Burma Government Medical School reports 1907-22
Year: 1907
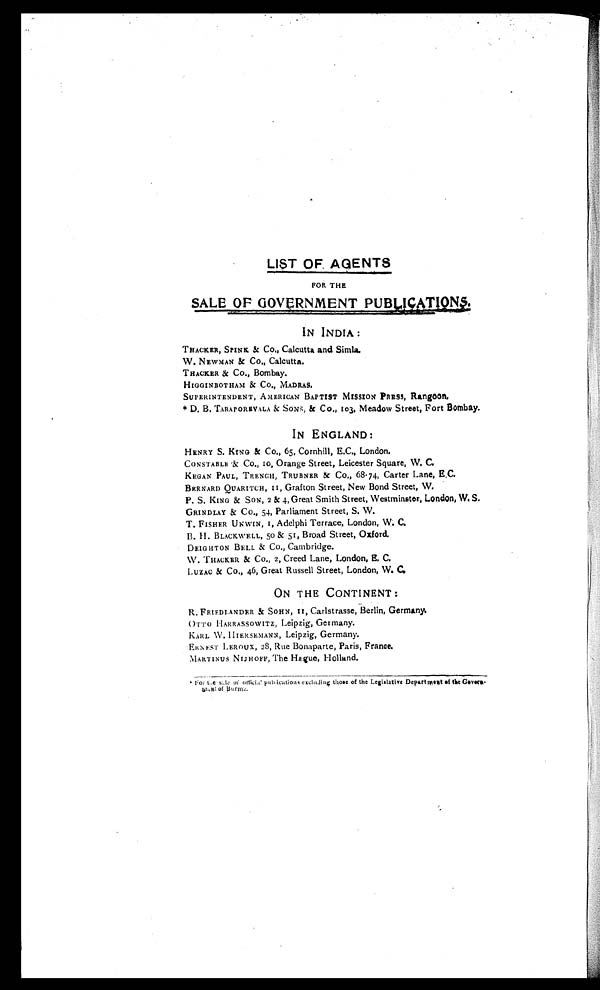
FOR THE
SALE OF GOVERNMENT PUBLICATIONS.
IN INDIA :
THACKER, SPINK & Co., Calcutta and Simla.
W. NEWMAN & Co., Calcutta.
THACKER & Co., Bombay.
HIGGINBOTHAM & CO., MADRAS.
SUPERINTENDENT, AMERICAN BAPTIST MISSION PRESS, Rangoon.
* D. B. TARAPOREVALA & SONS, & Co., 103, Meadow Street, Fort Bombay.
IN ENGLAND:
HENRY S. KING & Co., 65, Cornhill, E.C., London.
CONSTABLE & Co., 10, Orange Street, Leicester Square, W. C.
KEGAN PAUL, TRENCH, TRUBNER & Co., 68.74, Carter Lane, E.C.
BERNARD QUARITCH, 11, Grafton Street, New Bond Street, W.
P. S. KING & SON, 2 & 4, Great Smith Street, Westminster, London, W. S.
GRINDLAY & Co., 54, Parliament Street, S. W.
T. FISHER UNWIN, 1, Adelphi Terrace, London, W. C.
B. H. BLACKWELL, 50 & 51, Broad Street, Oxford.
DEIGHTON BELL & CO., Cambridge.
W. THACKER & Co., 2, Creed Lane, London, E. C.
LUZAC & Co., 46, Great Russell Street, London, W. C.
ON THE CONTINENT :
R. FRIEDLANDER & SOHN, 11, Carlstrasse, Berlin, Germany.
OTTO HARRASSOWITZ, Leipzig, Germany.
KARL W. HIERSEMANN, Leipzig, Germany.
ERNEST LEROUX, 28, Rue Bonaparte, Paris, France.
MARTINUS NIJHOFF, The Hague, Holland.
* For the sale of official publications excluding those of the Legislative Department of the Gover
n- ment of Burma.